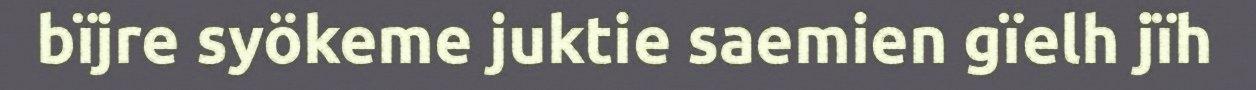
bïjre syökeme juktie saemien gïelh jïh